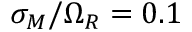
\sigma _ { M } / \Omega _ { R } = 0 . 1